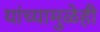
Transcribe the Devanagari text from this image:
यांच्यामुळेही